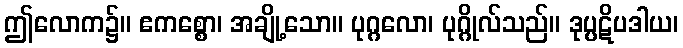
ဤလောက၌။ ဧကစ္စော၊ အချို့သော။ ပုဂ္ဂလော၊ ပုဂ္ဂိုလ်သည်။ ဒုပ္ပဋိပဒါယ၊